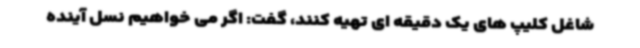
شاغل کلیپ های یک دقیقه ای تهیه کنند، گفت: اگر می خواهیم نسل آینده